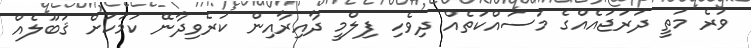
ވުރެ މަތީ ދަރަޖައެއްގެ މަސައްކަތެއް ދިވެހި ފިލްމީ ދާއިރާއިން ކުރެވިދާނޭ ކަމަކަށް ޤަބޫލެއް